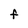
Character: F